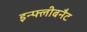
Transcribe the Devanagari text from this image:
इन्फ्लीबनैट